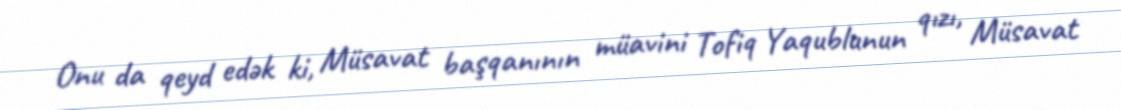
Onu da qeyd edək ki, Müsavat başqanının müavini Tofiq Yaqublunun qızı, Müsavat